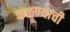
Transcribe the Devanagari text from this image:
कळण्याची